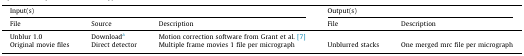
<table><thead><tr><td colspan="3"><b>Input(s)</b></td><td colspan="2"><b>Output(s)</b></td></tr><tr><td><b>File</b></td><td><b>Source</b></td><td><b>Description</b></td><td><b>File</b></td><td><b>Description</b></td></tr></thead><tbody><tr><td>Unblur 1.0</td><td>Downloada</td><td>Motion correction software from Grant et al. [7]</td><td></td><td></td></tr><tr><td>Original movie files</td><td>Direct detector</td><td>Multiple frame movies 1 file per micrograph</td><td>Unblurred stacks</td><td>One merged mrc file per micrograph</td></tr></tbody></table>